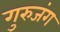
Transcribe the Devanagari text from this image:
गुरुजंग